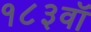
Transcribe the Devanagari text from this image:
१८३वॉ